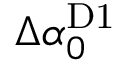
\Delta \alpha _ { 0 } ^ { \mathrm { D 1 } }